Punjab Mental Hospital Lahore 1922-31 - 1922-1931
Year: 1922
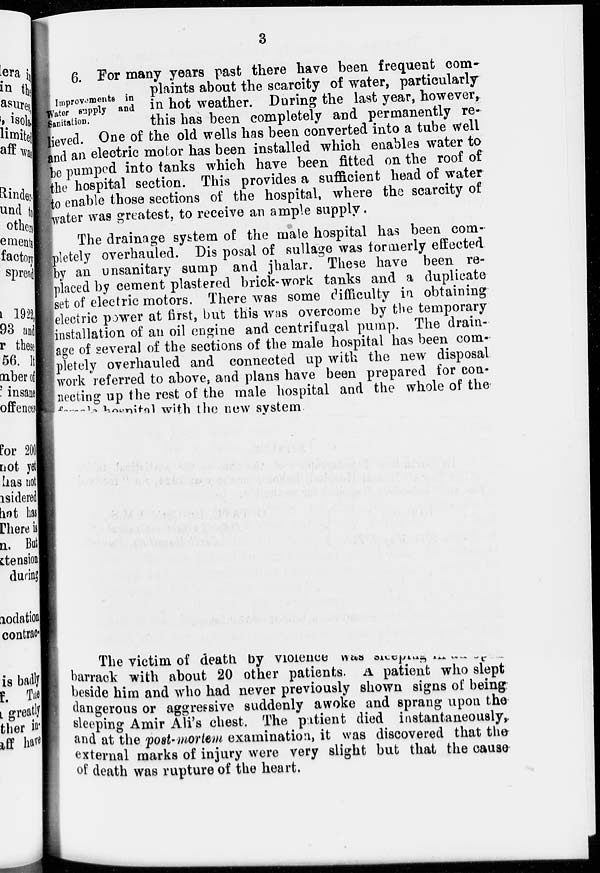
3
Improvements in
Water supply and
Sanitation.
6. For many years past there have been frequent com-
plaints about the scarcity of water, particularly
in hot weather. During the last year, however,
this has been completely and permanently re-
lieved. One of the old wells has been converted into a tube well
and an electric motor has been installed which enables water to
be pumped into tanks which have been fitted on the roof of
the hospital section. This provides a sufficient head of water
to enable those sections of the hospital, where the scarcity of
water was greatest, to receive an ample supply.
The drainage system of the male hospital has been com-
pletely overhauled. Dis posal of sullage was formerly effected
by an unsanitary sump and jhalar. These have been re-
placed by cement plastered brick-work tanks and a duplicate
set of electric motors. There was some difficulty in obtaining
electric power at first, but this was overcome by the temporary
installation of an oil engine and centrifugal pump. The drain-
age of several of the sections of the male hospital has been com-
pletely overhauled and connected up with the new disposal
work referred to above, and plans have been prepared for con-
necting up the rest of the male hospital and the whole of the
female hospital with the new system
The victim of death by violence was sleeping in
barrack with about 20 other patients. A patient who slept
beside him and who had never previously shown signs of being
dangerous or aggressive suddenly awoke and sprang upon the
sleeping Amir Ali's chest. The patient died instantaneously,
and at the post-mortem examination, it was discovered that the
external marks of injury were very slight but that the cause
of death was rupture of the heart.